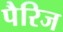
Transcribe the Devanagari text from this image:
पैरिज